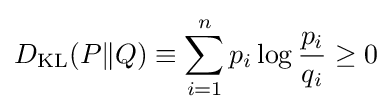
D_{\mathrm {KL} }(P\|Q)\equiv \sum _{i=1}^{n}p_{i}\log {\frac {p_{i}}{q_{i}}}\geq 0